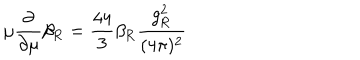
LaTeX: \mu \frac { \partial } { \partial \mu } \beta _ { \mathrm { R } } = \frac { 4 4 } 3 \beta _ { \mathrm { R } } \frac { g _ { \mathrm { R } } ^ { 2 } } { ( 4 \pi ) ^ { 2 } }